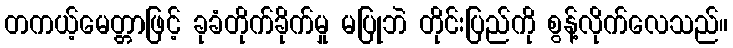
တကယ့်မေတ္တာဖြင့် ခုခံတိုက်ခိုက်မှု မပြုဘဲ တိုင်းပြည်ကို စွန့်လိုက်လေသည်။